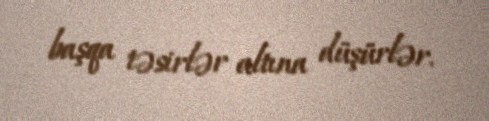
başqa təsirlər altına düşürlər.